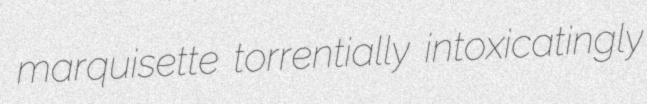
marquisette torrentially intoxicatingly